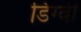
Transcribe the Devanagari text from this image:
डिग्वी